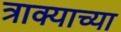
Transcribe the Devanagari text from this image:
त्राक्याच्या